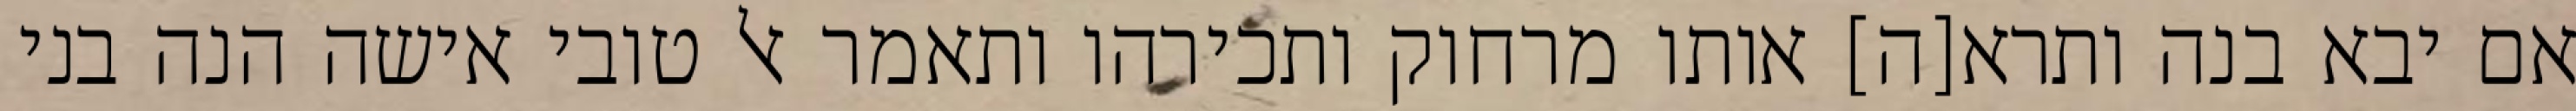
אם יבא בנה ותרא[ה] אותו מרחוק ותכירהו ותאמר אל טובי אישה הנה בני